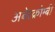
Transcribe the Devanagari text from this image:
अबेरक्रोम्बी